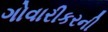
ગોવારીકરની